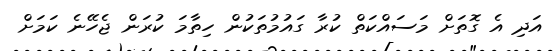
އަދި އެ ގޮތަށް މަސައްކަތް ކުރާ ގައުމުތަކުން ހިތާމަ ކުރަން ޖެހޭނެ ކަމަށް